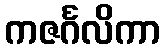
ကဇင်္ဂလိကာ